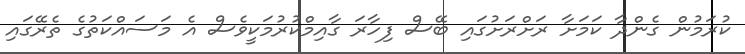
ކުރަމުން ގެންދާ ކަމަށާ ރަށްރަށުގައި ބޭސް ފިހާރަ ގާއިމްކުރުމަކީވެސް އެ މަސައްކަތުގެ ތެރޭގައި